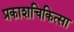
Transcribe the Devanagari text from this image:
प्रकाशचिकित्सा